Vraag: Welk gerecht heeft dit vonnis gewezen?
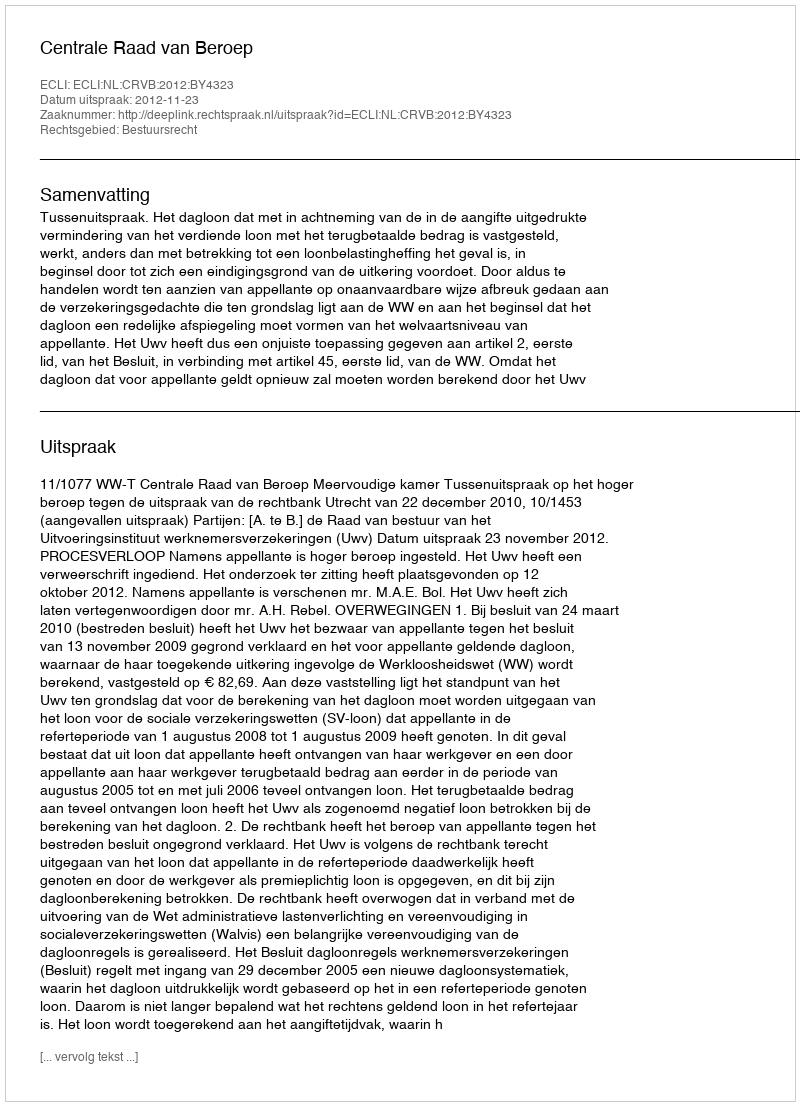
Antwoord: Centrale Raad van Beroep